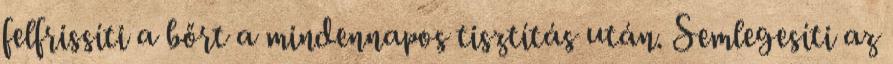
felfrissíti a bőrt a mindennapos tisztítás után. Semlegesíti az